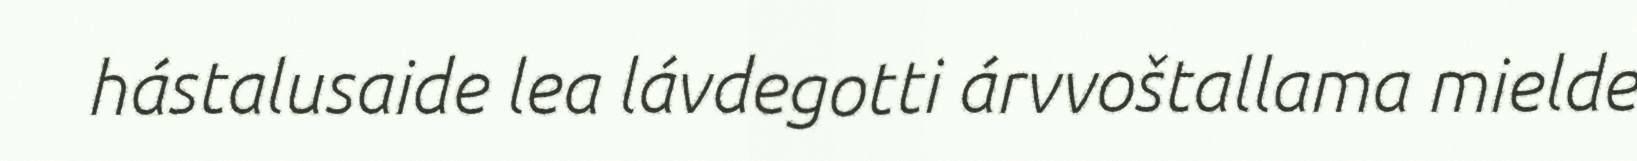
hástalusaide lea lávdegotti árvvoštallama mielde